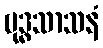
ဗုဒ္ဓသာသနံ